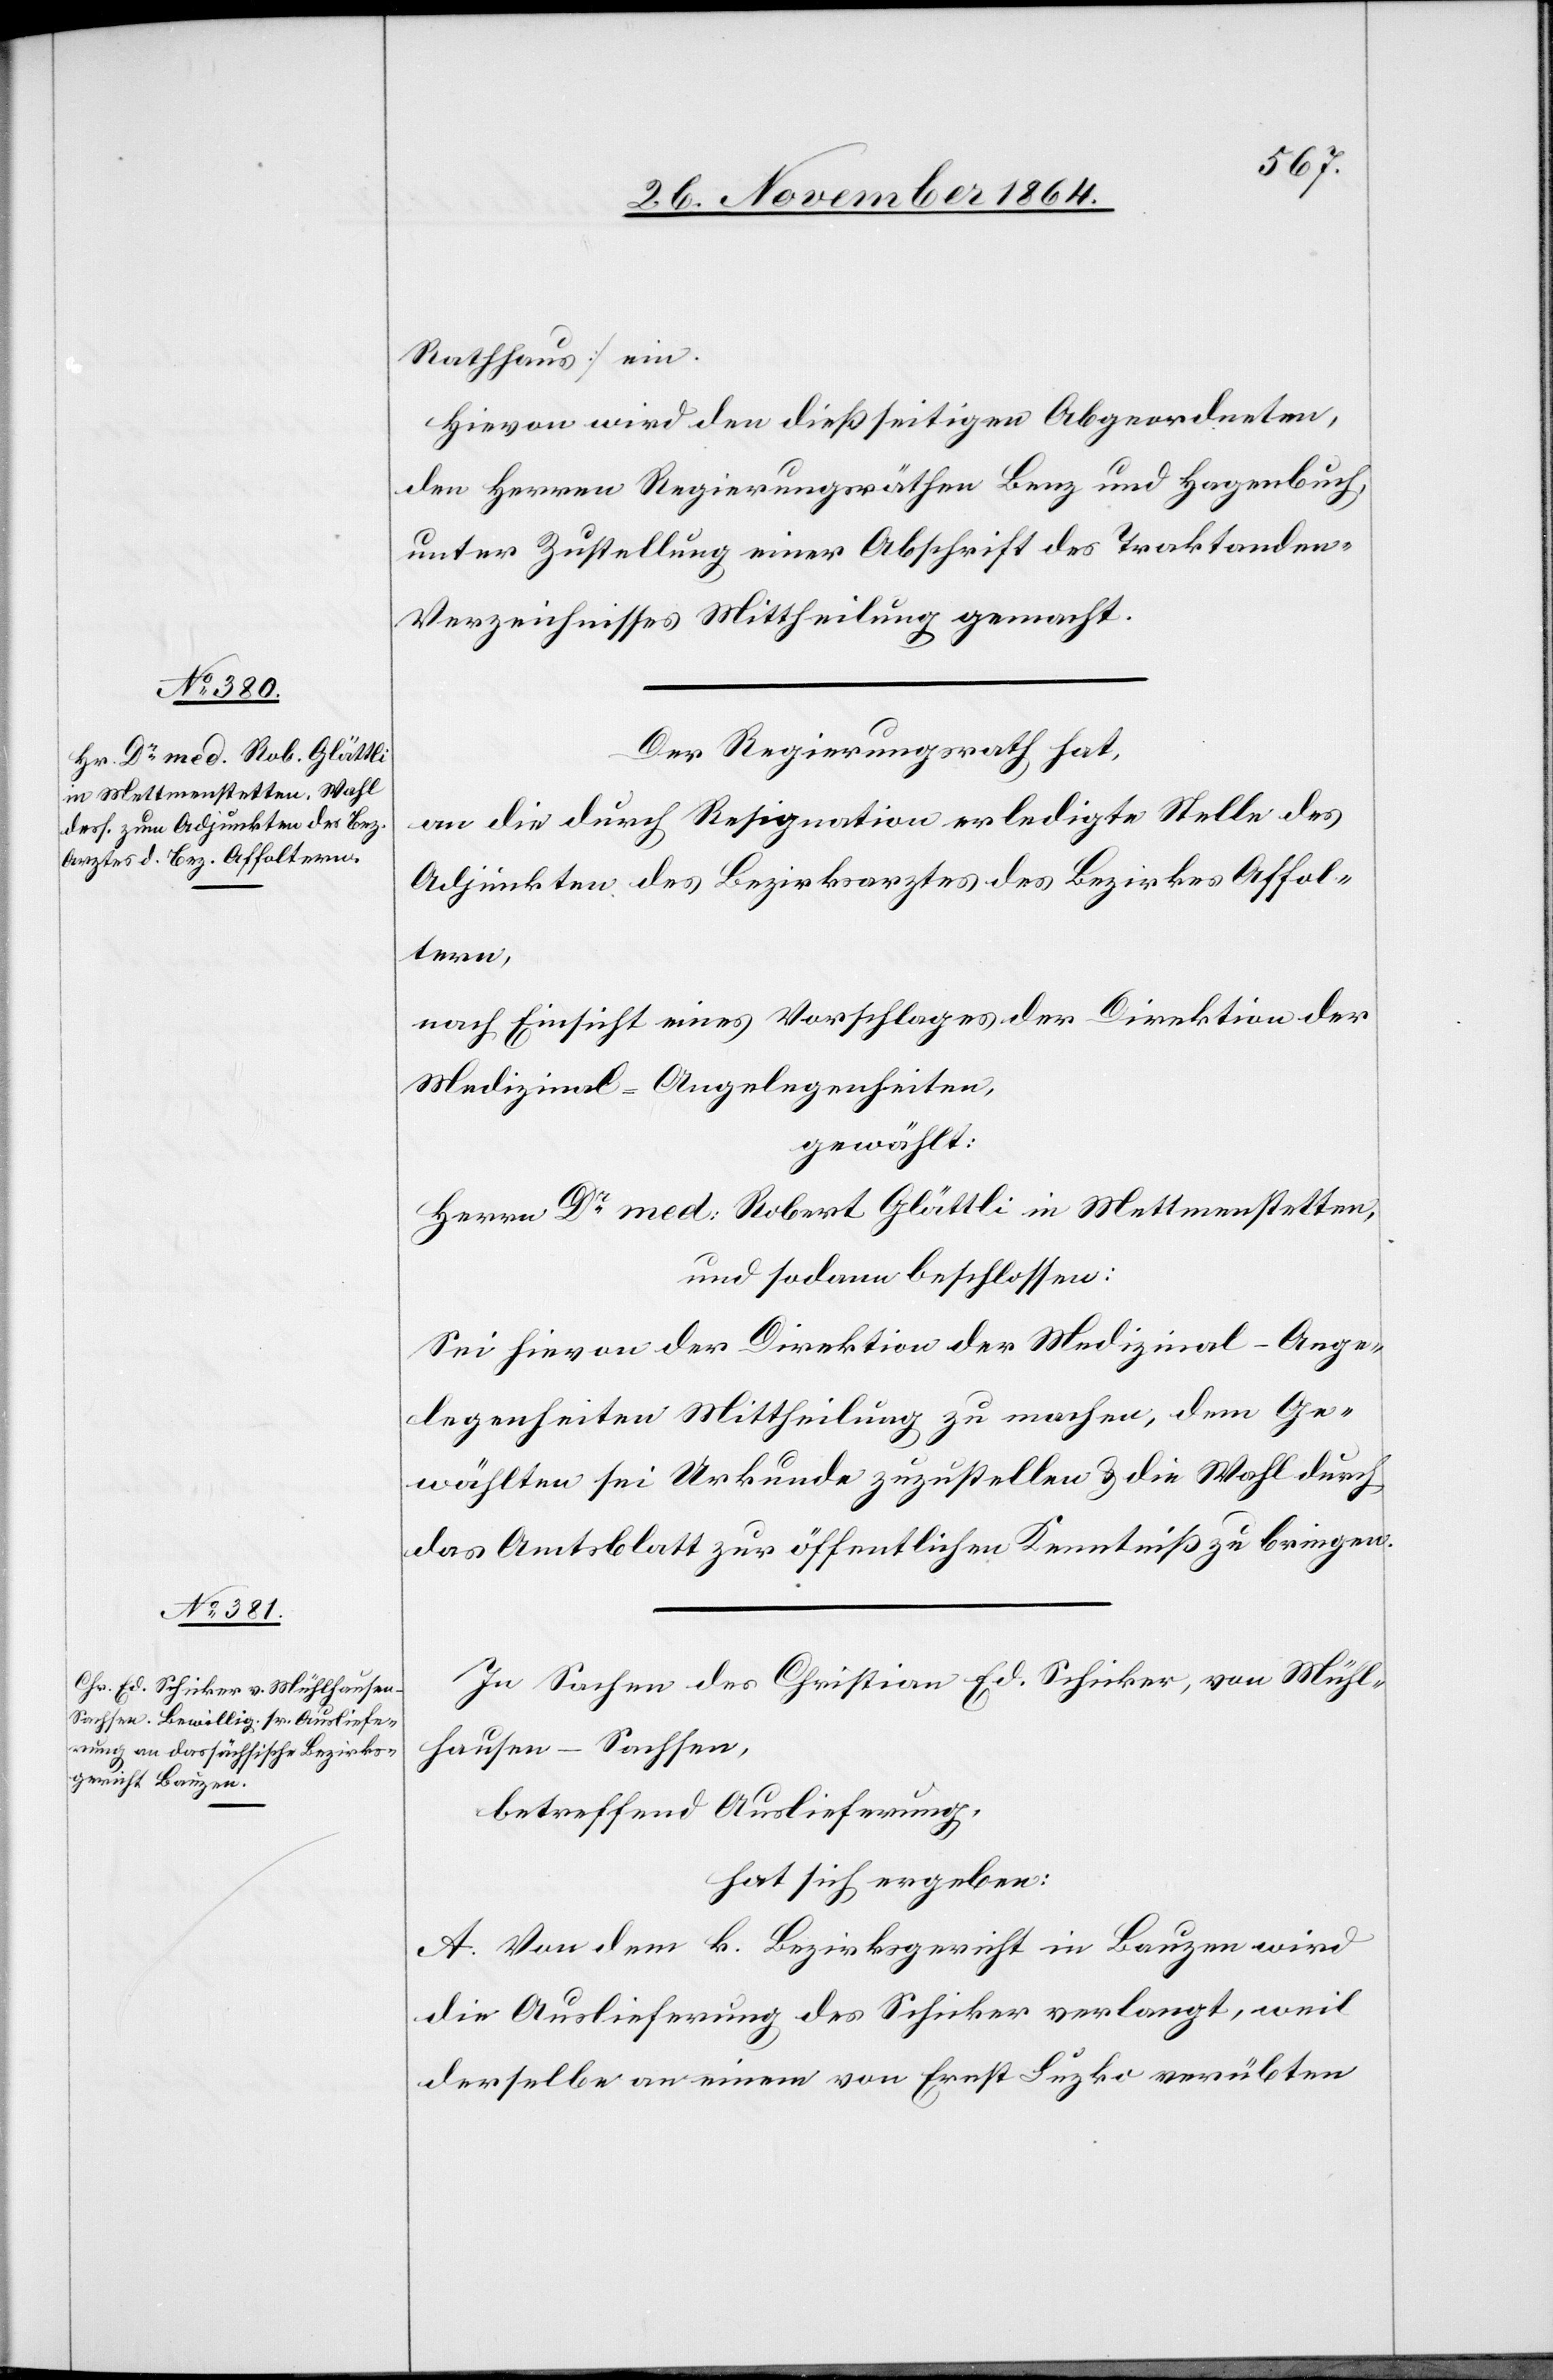
Rathhaus] ein.
Hievon wird den dießseitigen Abgeordneten,
den Herren Regierungsräthen Benz und Hagenbuch,
unter Zustellung einer Abschrift des Traktanden-V¬
erzeichnisses Mittheilung gemacht.
Der Regierungsrath hat,
an die durch Resignation erledigte Stelle des
Adjunkten des Bezirksarztes des Bezirkes Affol¬
tern,
nach Einsicht eines Vorschlages der Direktion der
Medizinal-Angelegenheiten,
gewählt:
Herrn Dr med. Robert Glättli in Mettmenstetten,
und sodann beschlossen:
Sei hievon der Direktion der Medizinal-Ange¬
legenheiten Mittheilung zu machen, dem Ge¬
wählten sei Urkunde zuzustellen & die Wahl durch
das Amtsblatt zur öffentlichen Kenntniß zu bringen.
In Sachen des Christian Ed. Schicker, von Mühl¬
hausen-Sachsen,
betreffend Auslieferung,
hat sich ergeben:
A. Von dem k. Bezirksgericht in Bauzen wird
die Auslieferung des Schicker verlangt, weil
derselbe an einem von Ernst Luzko verübten